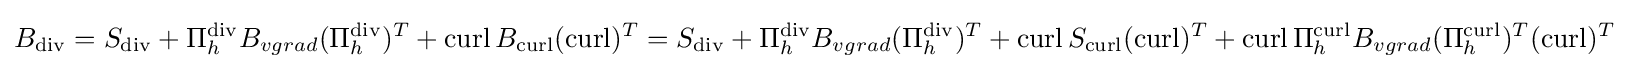
B_{\operatorname {div} }=S_{\operatorname {div} }+\Pi _{h}^{\operatorname {div} }B_{vgrad}(\Pi _{h}^{\operatorname {div} })^{T}+\operatorname {curl} B_{\operatorname {curl} }(\operatorname {curl} )^{T}=S_{\operatorname {div} }+\Pi _{h}^{\operatorname {div} }B_{vgrad}(\Pi _{h}^{\operatorname {div} })^{T}+\operatorname {curl} S_{\operatorname {curl} }(\operatorname {curl} )^{T}+\operatorname {curl} \Pi _{h}^{\operatorname {curl} }B_{vgrad}(\Pi _{h}^{\operatorname {curl} })^{T}(\operatorname {curl} )^{T}